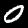
Digit: 0